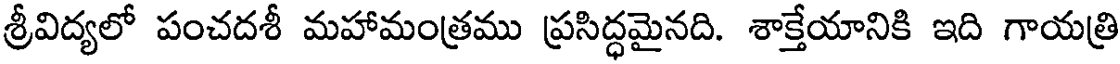
శ్రీవిద్యలో పంచదశీ మహామంత్రము ప్రసిద్ధమైనది. శాక్తేయానికి ఇది గాయత్రి